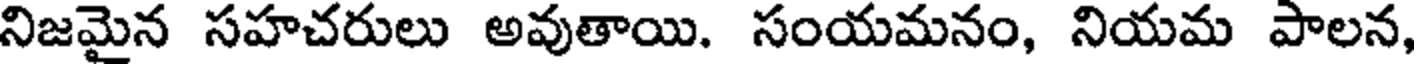
నిజమైన సహచరులు అవుతాయి. సంయమనం, నియమ పాలన,